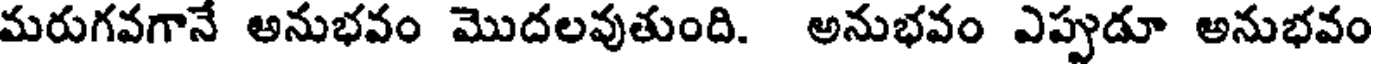
మరుగవగానే అనుభవం మొదలవుతుంది. అనుభవం ఎప్పుడూ అనుభవం